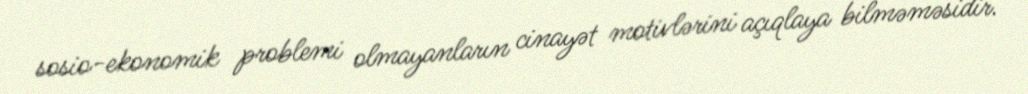
sosio-ekonomik problemi olmayanların cinayət motivlərini açıqlaya bilməməsidir.